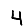
Digit: 4